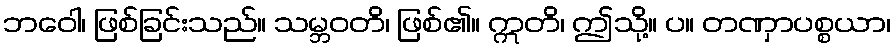
ဘဝေါ၊ ဖြစ်ခြင်းသည်။ သမ္ဘဝတိ၊ ဖြစ်၏။ ဣတိ၊ ဤသို့။ ပ။ တဏှာပစ္စယာ၊